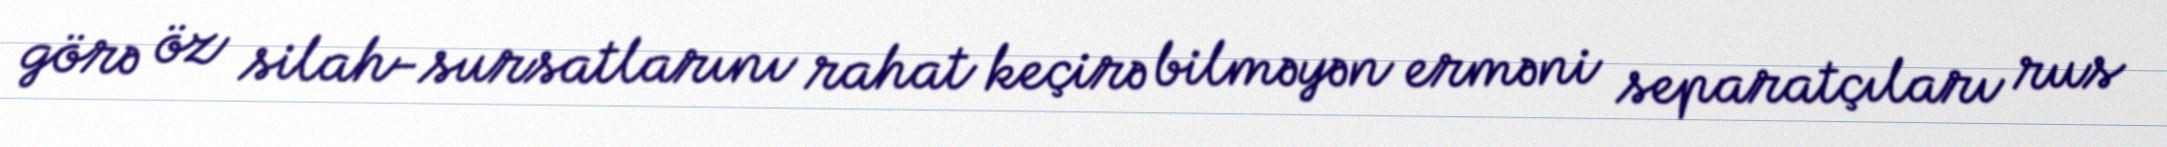
görə öz silah-sursatlarını rahat keçirə bilməyən erməni separatçıları rus